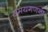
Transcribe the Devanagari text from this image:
समयगणना